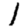
Digit: 1